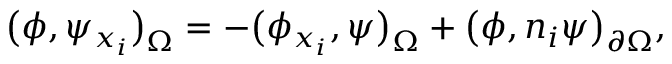
\big ( \phi , \psi _ { x _ { i } } \big ) _ { \Omega } = - \big ( \phi _ { x _ { i } } , \psi \big ) _ { \Omega } + \big ( \phi , n _ { i } \psi \big ) _ { \partial \Omega } ,